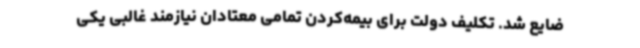
ضایع شد. تکلیف دولت برای بیمه‌کردن تمامی معتادان نیازمند غالبی یکی